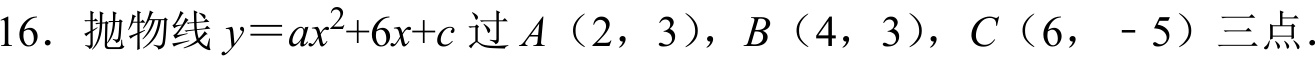
16. 抛物线\(y = ax^{2}+6x + c\)过\(A(2,3)\)，\(B(4,3)\)，\(C(6,-5)\)三点.